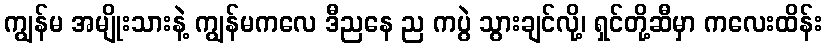
ကျွန်မ အမျိုးသားနဲ့ ကျွန်မကလေ ဒီညနေ ည ကပွဲ သွားချင်လို့၊ ရှင်တို့ဆီမှာ ကလေးထိန်း